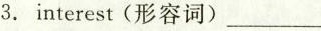
3.interest(形容词)___